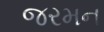
જરમન